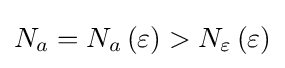
N_{a}=N_{a}\left(\varepsilon \right)>N_{\varepsilon }\left(\varepsilon \right)